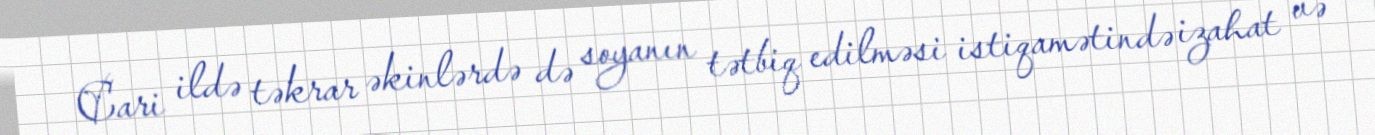
Cari ildə təkrar əkinlərdə də soyanın tətbiq edilməsi istiqamətində izahat və